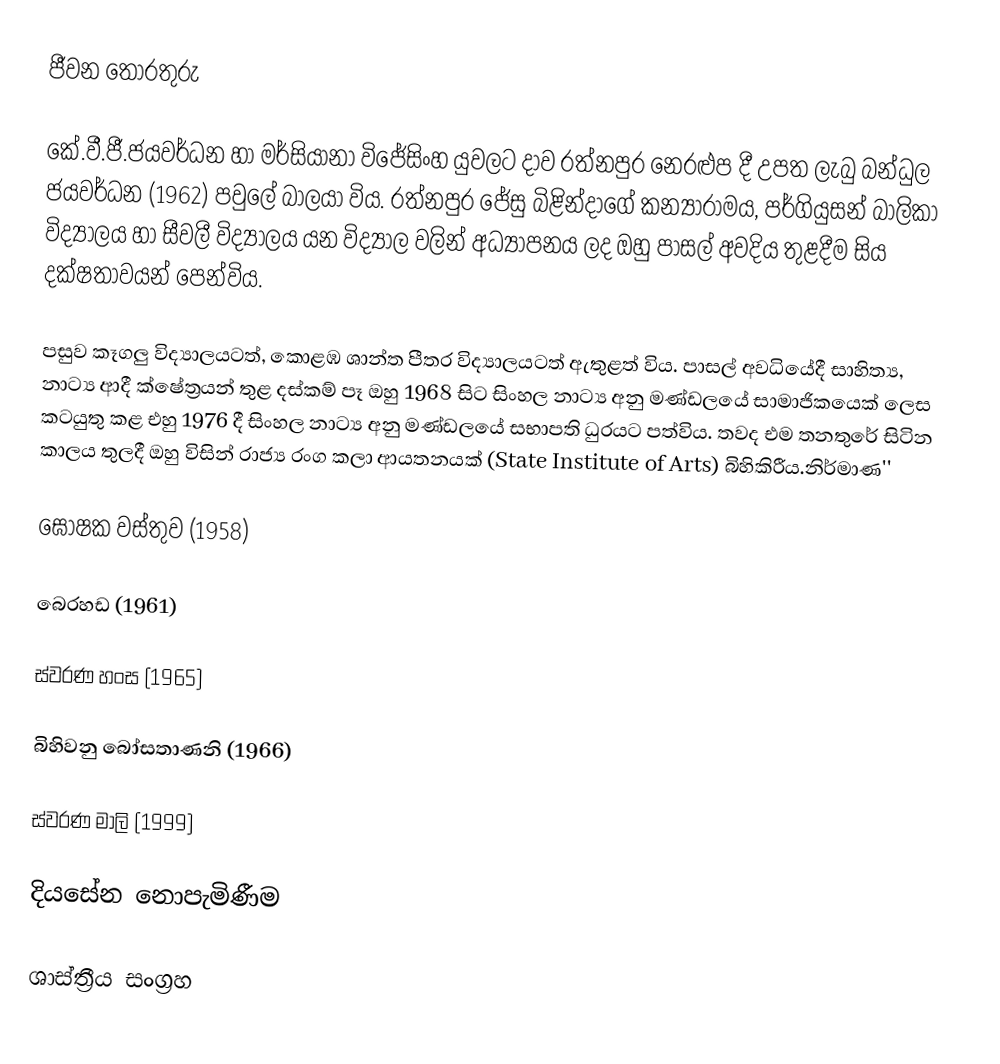
ජීවන තොරතුරු

කේ.වී.ජී.ජයවර්ධන හා මර්සියානා විජේසිංහ යුවලට දාව රත්නපුර නෙරළුප දී උපත ලැබු බන්ධුල ජයවර්ධන (1962) පවුලේ බාලයා විය. රත්නපුර ජේසු බිළින්දාගේ කන්‍යාරාමය, පර්ගියුසන් බාලිකා විද්‍යාලය හා සීවලී විද්‍යාලය යන විද්‍යාල වලින් අධ්‍යාපනය ලද ඔහු පාසල් අවදිය තුළදීම සිය දක්ෂතාවයන් පෙන්විය.

පසුව කෑගලු විද්‍යාලයටත්, කොළඹ ශාන්ත පීතර විද්‍යාලයටත් ඇතුළත් විය. පාසල් අවධියේදී සාහිත්‍ය, නාට්‍ය ආදී ක්ෂේත්‍රයන් තුළ දස්කම් පෑ ඔහු 1968 සිට සිංහල නාට්‍ය අනු මණ්ඩලයේ සාමාජිකයෙක් ලෙස කටයුතු කළ එහු 1976 දී සිංහල නාට්‍ය අනු මණ්ඩලයේ සභාපති ධුරයට පත්විය. තවද එම තනතුරේ සිටින කාලය තුලදී ඔහු විසින් රාජ්‍ය රංග කලා ආයතනයක් (State Institute of Arts) බිහිකිරීය.නිර්මාණ''

ඝෝෂක වස්තුව (1958)

බෙරහඩ (1961)

ස්වරණ හංස (1965)

බිහිවනු බෝසතාණනි (1966)

ස්වරණ මාලි (1999)

දියසේන නොපැමිණීම

ශාස්ත්‍රීය සංග්‍රහ